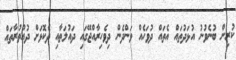
ކުރިން ބުނެވުނު އުޅަދުތައް އެތައް ދުވަހެއް ވަންދެން ދިވެހިރާއްޖޭގައި ދައުލަތާއި ދެކޮޅަށް ދުއްތުރާތައް